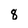
Character: 8